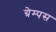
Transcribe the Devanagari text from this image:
ग्रेम्पस